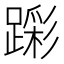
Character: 𮜎